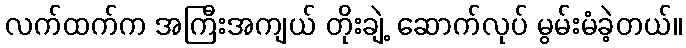
လက်ထက်က အကြီးအကျယ် တိုးချဲ့ ဆောက်လုပ် မွမ်းမံခဲ့တယ်။